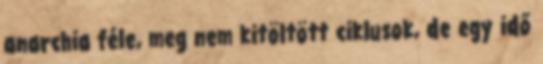
anarchia féle, meg nem kitöltött ciklusok, de egy idő